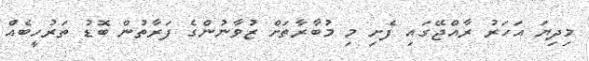
މިދިޔަ އަހަރު ރާއްޖޭގައި ފެށި މި މުބާރާތަށް ޒުވާނުންގެ ފަރާތުން ބޮޑު ތަރުހީބެއް